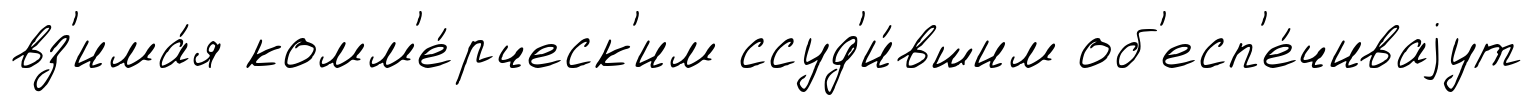
вз'има́я комм'е́рческ'им ссуд'и́вшим об'есп'е́чиваjут